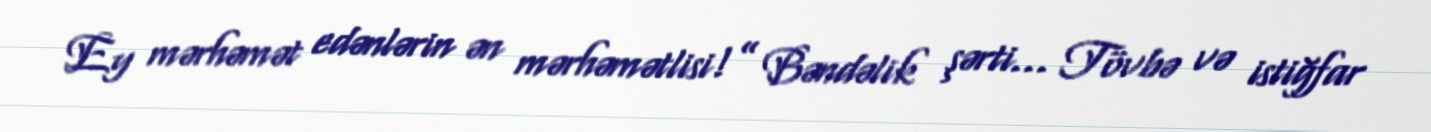
Ey mərhəmət edənlərin ən mərhəmətlisi!” Bəndəlik şərti... Tövbə və istiğfar